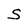
Character: S